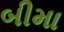
બીમા